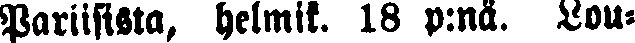
Pariisista, helmik. 18 p:nä. Lou-